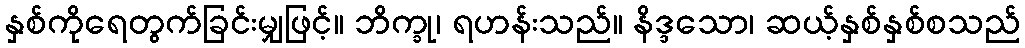
နှစ်ကိုရေတွက်ခြင်းမျှဖြင့်။ ဘိက္ခု၊ ရဟန်းသည်။ နိဒ္ဒသော၊ ဆယ့်နှစ်နှစ်စသည်